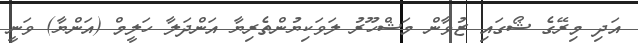
އަދި މިރޭގެ ޝޯގައި ޒުވާން މަޝްހޫރު ލަވަކިޔުންތެރިޔާ އަންދަލާ ހަލީމް (އަންޔާ) ވަނީ